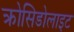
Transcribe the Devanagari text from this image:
क्रोसिडोलाइट